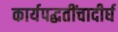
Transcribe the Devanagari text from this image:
कार्यपद्धतींचादीर्घ